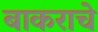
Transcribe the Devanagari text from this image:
बाकराचे